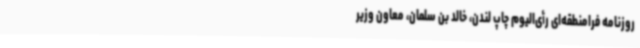
روزنامه فرامنطقه‌ای رأی‌الیوم چاپ لندن، خالد بن سلمان، معاون وزیر